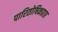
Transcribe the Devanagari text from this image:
पारितोषिकप्राप्त